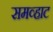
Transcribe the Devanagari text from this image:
समव्हाट